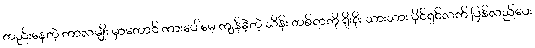
တည်းနေတဲ့ ကာလမျိုး မှာတောင် ကားပေါ်မေ့ ကျန်ခဲ့တဲ့ သိန်း တစ်ရာကို ရိုးရိုး သားသား ပိုင်ရှင်လက် ပြန်လည်ပေး